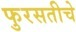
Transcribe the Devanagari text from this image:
फुरसतीचे